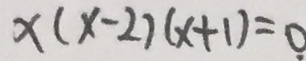
x ( x - 2 ) ( x + 1 ) = 0